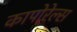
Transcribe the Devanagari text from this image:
कापोरेल्स